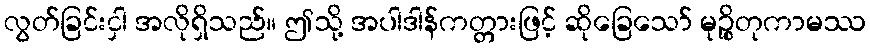
လွတ်ခြင်းငှါ အလိုရှိသည်။ ဤသို့ အပါဒါန်ကတ္တားဖြင့် ဆိုခြေသော် မုဉ္စိတုကာမဿ